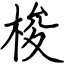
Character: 梭